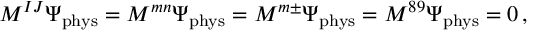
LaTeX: M ^ { I J } \Psi _ { \mathrm { p h y s } } = M ^ { m n } \Psi _ { \mathrm { p h y s } } = M ^ { m \pm } \Psi _ { \mathrm { p h y s } } = M ^ { 8 9 } \Psi _ { \mathrm { p h y s } } = 0 \, ,